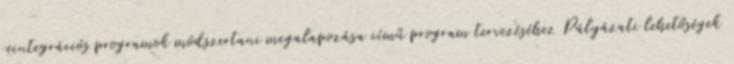
reintegrációs programok módszertani megalapozása című program tervezéséhez Pályázati lehetőségek